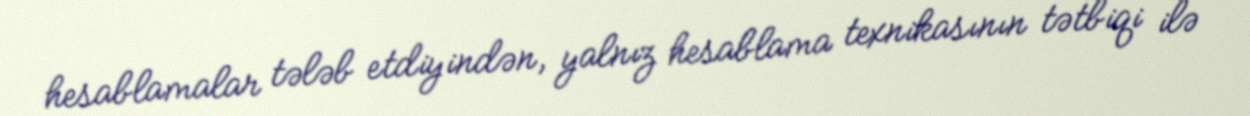
hesablamalar tələb etdiyindən, yalnız hesablama texnikasının tətbiqi ilə